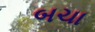
બચા